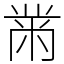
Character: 黹